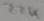
Text: 22K